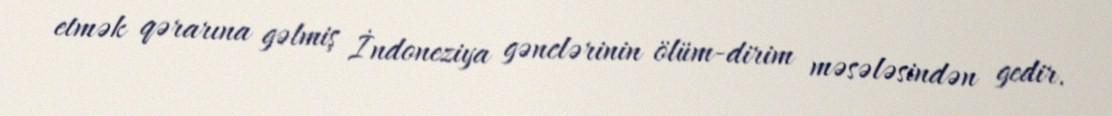
etmək qərarına gəlmiş İndoneziya gənclərinin ölüm-dirim məsələsindən gedir.